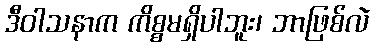
ဒီဝါသနာက ကိစ္စမရှိပါဘူး၊ ဘာဖြစ်လဲ